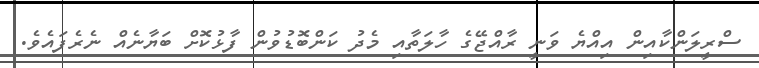
ސްރީލަންކާއިން އިއްޔެ ވަނީ ރާއްޖޭގެ ހާލަތާއި މެދު ކަންބޮޑުވުން ފާޅުކޮށް ބަޔާނެއް ނެރެފައެވެ.